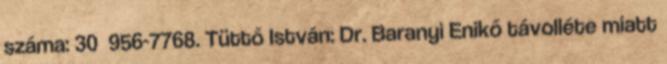
száma: 30 956-7768. Tüttő István: Dr. Baranyi Enikő távolléte miatt